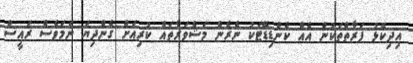
އިދިކޮޅު ފަރާތްތަކުން އެއް ކެންޑިޑޭޓަކު ނެރެން މަޝްވަރާތައް ކުރިއަށް ގެންދިޔަ ނަމަވެސް ރައީސް